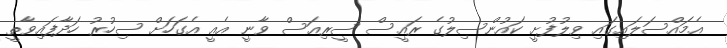
އެމައްސަލައިގައި ވިލުފުށީ ކައުންސިލުގެ ރައީސް ސީރިއަސް ވާނީ އެއީ އެގަަހަށް ސިހުރު ހަދާފައިވާތީ